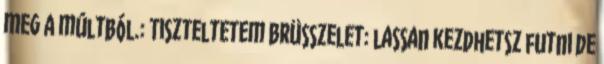
meg a múltból.: Tiszteltetem Brüsszelet: lassan kezdhetsz futni de